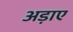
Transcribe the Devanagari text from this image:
अड़ाए